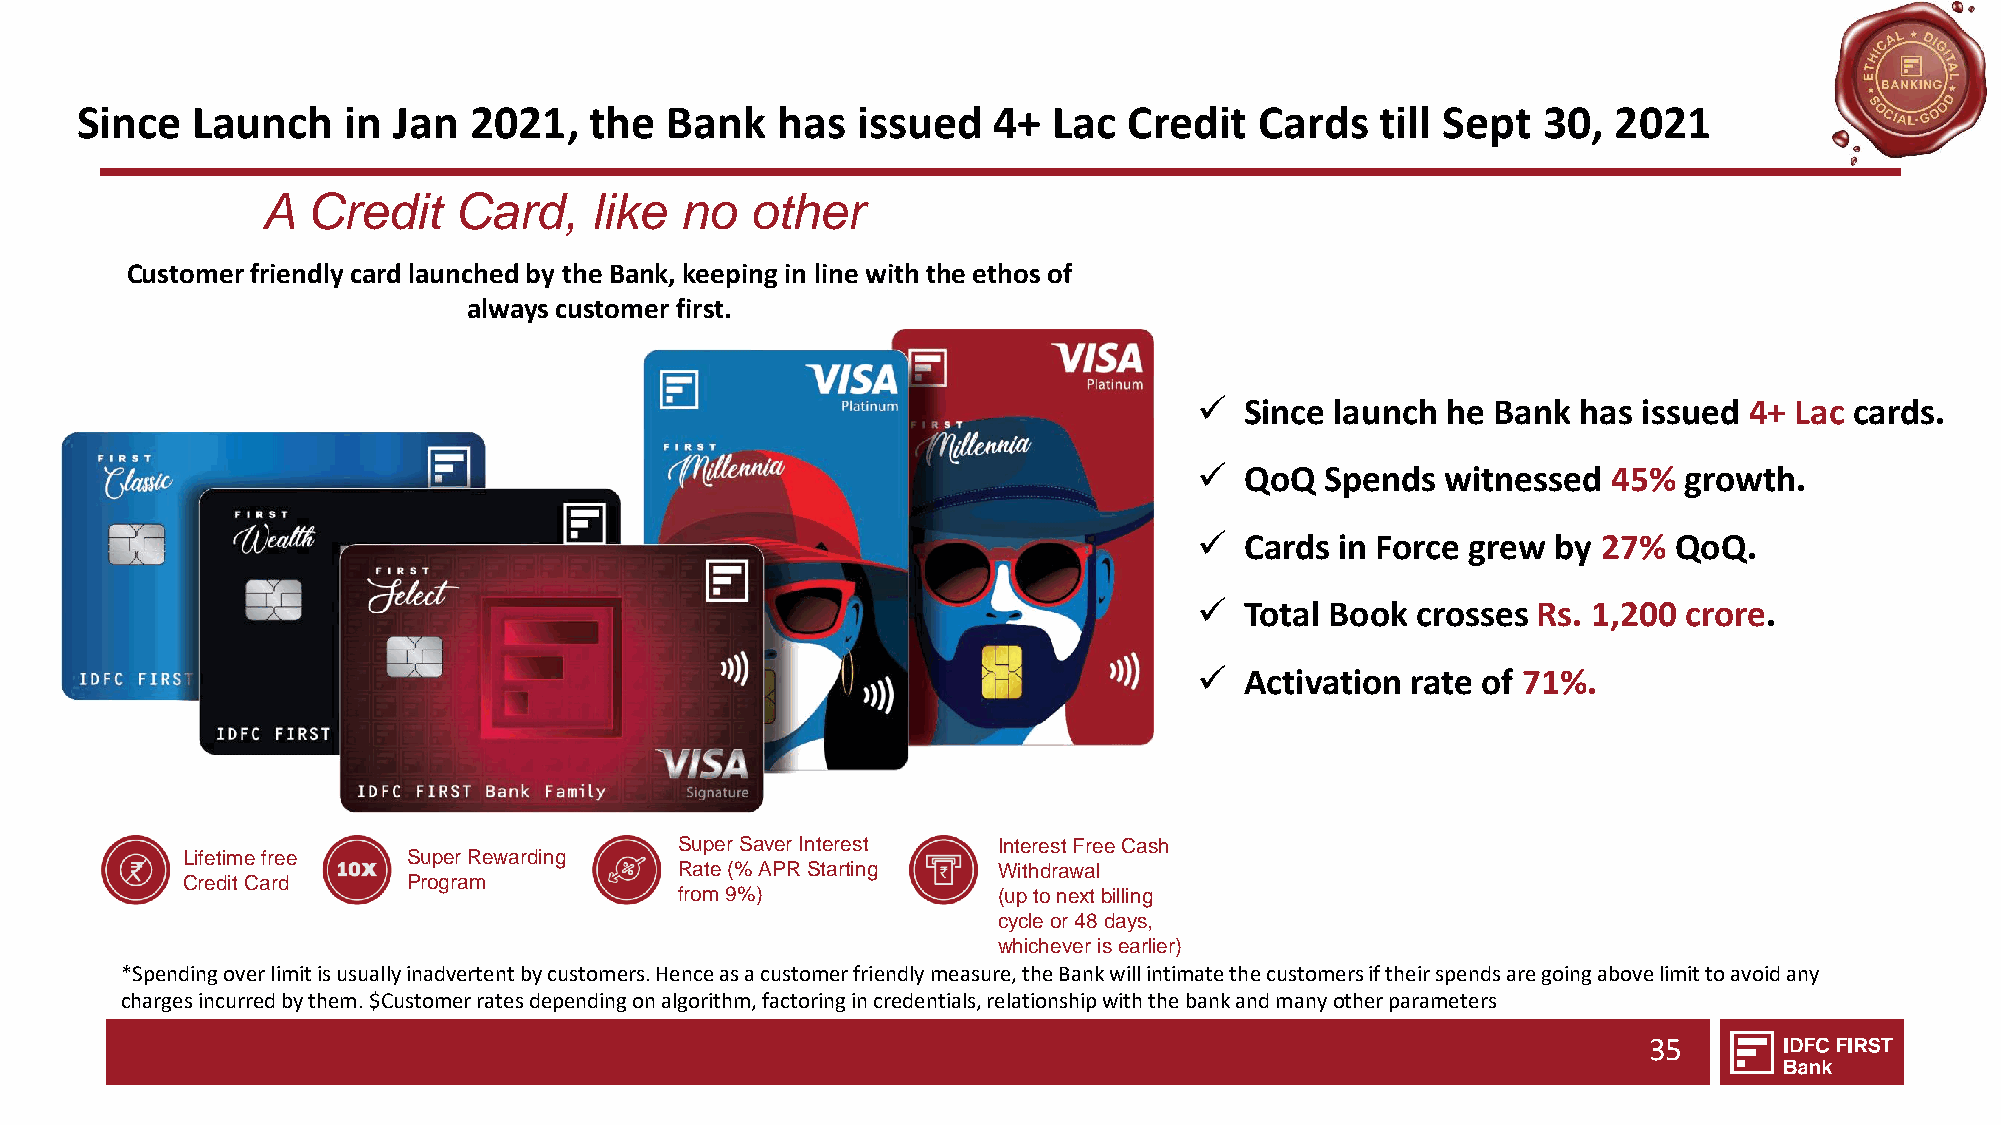
Since   Launch    in Jan  2021,   the  Bank   has   issued   4+  Lac  Credit  Cards   till Sept  30,  2021
 A  Credit    Card,    like  no   other
 Customer friendly card launched by the Bank, keeping in line with the ethos of
 always customer first.
 ✓  Since launch  he Bank  has issued 4+ Lac cards.
 ✓  QoQ   Spends  witnessed  45% growth.
 ✓  Cards  in Force grew by 27%  QoQ.
 ✓  Total Book  crosses Rs. 1,200 crore.
 ✓  Activation rate of 71%.
 Super Saver Interest Interest Free Cash
 Lifetime free  Super Rewarding
 Rate (% APR Starting Withdrawal
 Credit Card    Program
 from 9%)             (up to next billing
 cycle or 48 days,
 whichever is earlier)
 *Spending over limit is usually inadvertent by customers. Hence as a customer friendly measure, the Bank will intimate the customers if their spends are going above limit to avoid any
 charges incurred by them. $Customer rates depending on algorithm, factoring in credentials, relationship with the bank and many other parameters
 35